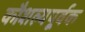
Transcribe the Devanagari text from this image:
कौशल्यपूर्वक